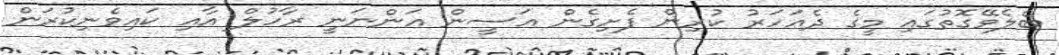
ބެލެވޭގޮތުގައި މީގެ ދެއަހަރު ކުރިން ފެށިގެން އަސީން އަންނަނީ ރާހުލް އާއި ކައިވެނިކުރަން